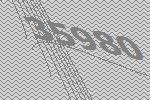
35980